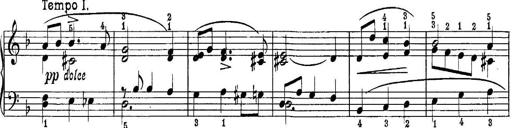
Title: Quatres sonatines
Composer: Tadeusz Joteyko